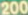
200